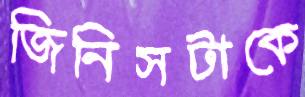
জিনিসটাকে